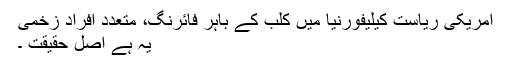
امریکی ریاست کیلیفورنیا میں کلب کے باہر فائرنگ، متعدد افراد زخمی
یہ ہے اصل حقیقت ۔